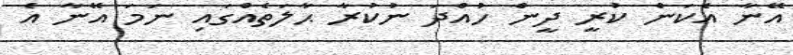
އޭނާ އެކަން ކުރީ ދީން ހުއްދަ ނުކުރާ ޙާލަތެއްގައި ނަމަ އޭނާ އެ